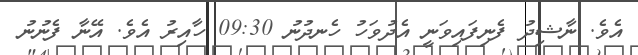
އެވެ. ނާޝިދު ފެނިފައިވަނީ އެދުވަހު ހެނދުނު 09:30 ހާއިރު އެވެ. އޭނާ ފެނުނު